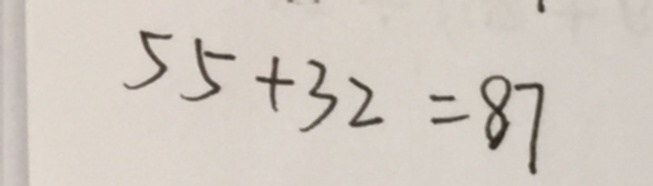
5 5 + 3 2 = 8 7